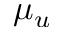
\mu _ { u }